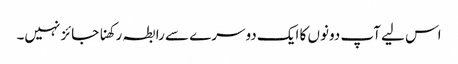
اس لیے آپ دونوں‌ کا ایک دوسرے سے رابطہ رکھنا جائز نہیں۔